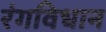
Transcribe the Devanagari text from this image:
रंगविधान